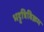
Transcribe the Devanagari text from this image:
भट्टत्रिविक्रम